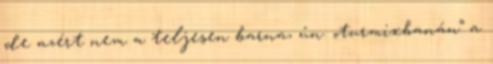
de azért nem a teljesen barna, ún. „turmixbanán” a